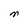
Character: M